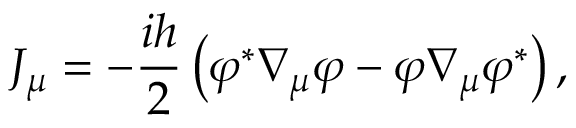
{ \cal J } _ { \mu } = - \frac { i h } 2 \left( \varphi ^ { * } \nabla _ { \mu } \varphi - \varphi \nabla _ { \mu } \varphi ^ { * } \right) ,